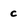
Character: c